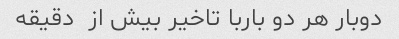
دوبار هر دو باربا تاخیر بیش از  دقیقه